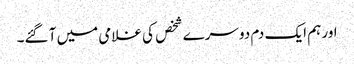
اور ہم ایک دم دوسرے شخص کی غلامی میں آ گئے۔